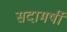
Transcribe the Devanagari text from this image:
सदामर्षी